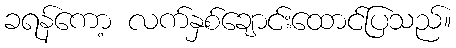
ခရန်ကော့ လက်နှစ်ချောင်းထောင်ပြသည်။